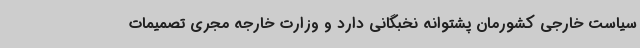
سیاست خارجی کشورمان پشتوانه نخبگانی دارد و وزارت خارجه مجری تصمیمات